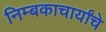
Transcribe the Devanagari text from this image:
निम्बकाचार्यांचे